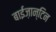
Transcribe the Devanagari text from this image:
बाईज़ान्टिन